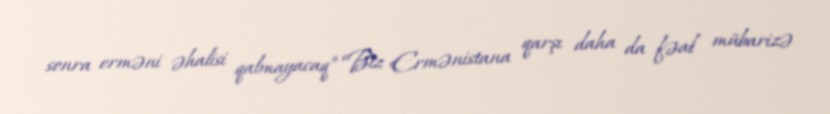
sonra erməni əhalisi qalmayacaq” “Biz Ermənistana qarşı daha da fəal mübarizə